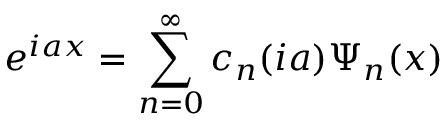
e ^ { i a x } = \sum _ { n = 0 } ^ { \infty } c _ { n } ( i a ) \Psi _ { n } ( x )